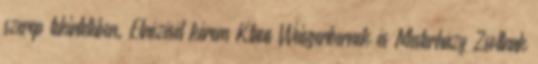
szerep tekintetében. Elnézését kérem Klaus Weisgerbernek és Mesterházy Zsoltnak